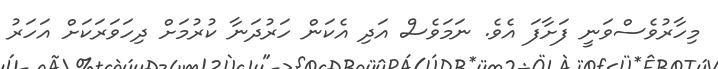
މިހާރުވެސްވަނީ ފަށާފަ އެވެ. ނަމަވެސް އަދި އެކަން ހަރުދަނާ ކުރުމަށް ދިހަވަރަކަށް އަހަރު